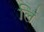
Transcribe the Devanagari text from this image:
लिं